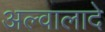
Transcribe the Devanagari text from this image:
अल्वालादे